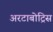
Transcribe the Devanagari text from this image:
अरटाबोट्रिस